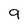
Character: 9